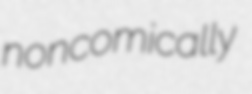
noncomically